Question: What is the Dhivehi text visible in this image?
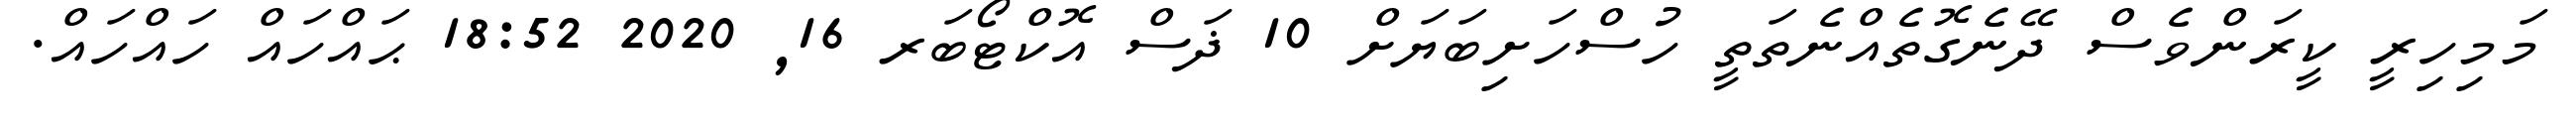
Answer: މަމިހިރީ ކީރަންވެސް ދޭނެގޮތެއްނެތަތީ ހުސްހަށިބަޔަށް 10 ޛަސް އޮކްޓޯބަރ 16, 2020 18:52 ޙައްހައް ހައްހައް.